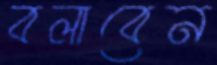
বলাবেন